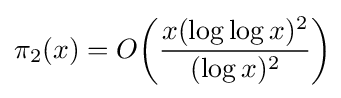
\pi _{2}(x)=O\!\left({\frac {x(\log \log x)^{2}}{(\log x)^{2}}}\right)\!